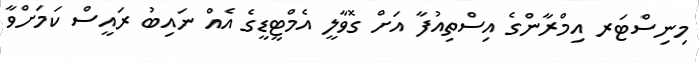
މިނިސްޓަރ އިމްރާންގެ އިސްތިއުފާ އަށް ގޮވާލީ އެމްޓީޑީގެ އެއް ނައިބު ރައީސް ކަމަށްވާ